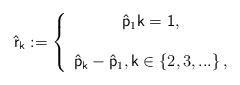
LaTeX: \begin{align*}\mathsf{\hat{r}}_{\mathsf{k}}:=\left\{ \begin{array}{c}\mathsf{\hat{p}}_{1}\mathsf{k=1,} \\ \\ \mathsf{\hat{p}}_{\mathsf{k}}-\mathsf{\hat{p}}_{1},\mathsf{k}\in \left\{ 2,3,...\right\} ,\end{array}\right. \end{align*}